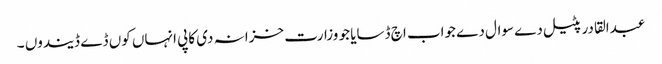
عبدالقادر پٹیل دے سوال دے جواب اچ ڈسایا جو وزارت خزانہ دی کاپی انہاں کوں ڈے ڈیندوں ۔